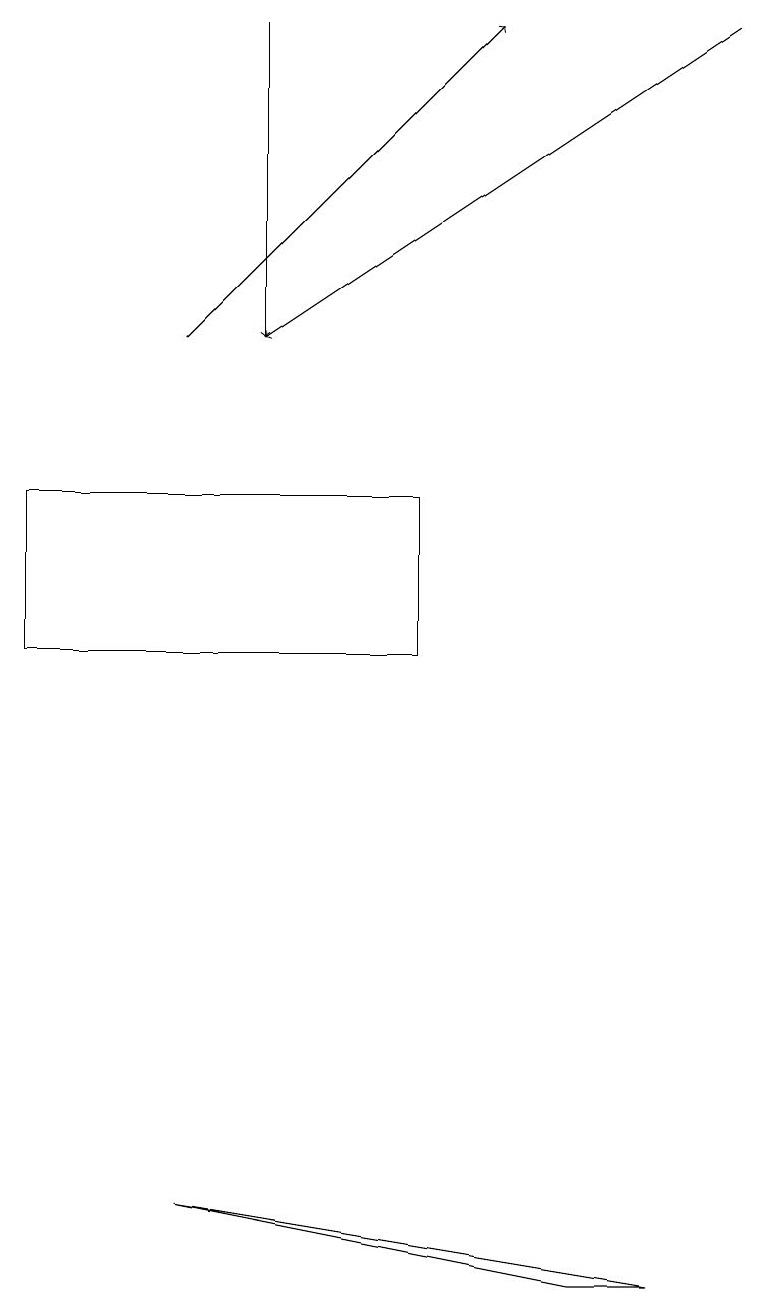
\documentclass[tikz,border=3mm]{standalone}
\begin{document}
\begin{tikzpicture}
\draw (7,2) -- (2,3) -- (8,2) -- cycle;
\draw (5,12) rectangle (0,10);
\draw[->] (3,18) -- (3,14);
\draw[->] (9,18) -- (3,14);
\draw[->] (2,14) -- (6,18);
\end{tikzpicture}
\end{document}